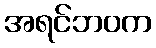
အရင်ဘဝက